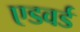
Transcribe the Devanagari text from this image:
एडवर्ड